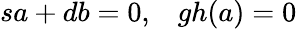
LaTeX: sa+db=0,\; \; \; gh(a)=0